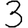
Digit: 3